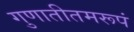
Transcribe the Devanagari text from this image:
गुणातीतमरूपं